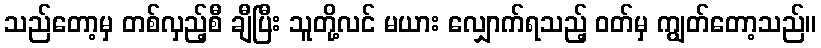
သည်တော့မှ တစ်လှည့်စီ ချီပြီး သူတို့လင် မယား လျှောက်ရသည့် ဝတ်မှ ကျွတ်တော့သည်။